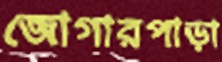
জোগারপাড়া